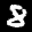
Label: 8